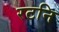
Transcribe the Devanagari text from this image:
रटनि